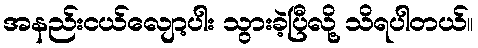
အနည်းငယ်လျော့ပါး သွားခဲ့ပြီလို့ သိရပါတယ်။